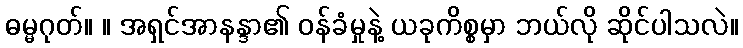
ဓမ္မဂုတ်။ ။ အရှင်အာနန္ဒာ၏ ဝန်ခံမှုနဲ့ ယခုကိစ္စမှာ ဘယ်လို ဆိုင်ပါသလဲ။